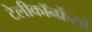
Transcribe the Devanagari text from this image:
टेलीकॉन्फ्रेंसों